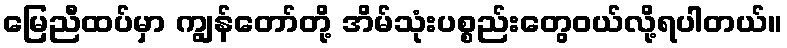
မြေညီထပ်မှာ ကျွန်တော်တို့ အိမ်သုံးပစ္စည်းတွေဝယ်လို့ရပါတယ်။